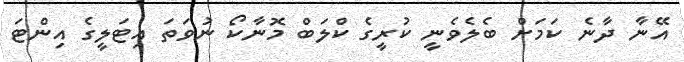
އޭނާ ދާނެ ކަމަށް ބެލެވެނީ ކުރީގެ ކްލަބް މޮނާކޯ ނުވަތަ އިޓަލީގެ އިންޓަ